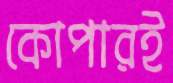
কোপারই